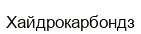
Хайдрокарбондз